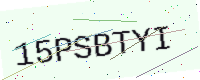
Text: 15PSBTYI